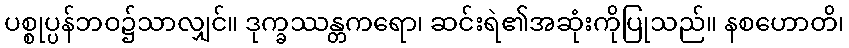
ပစ္စုပ္ပန်ဘဝ၌သာလျှင်။ ဒုက္ခဿန္တကရော၊ ဆင်းရဲ၏အဆုံးကိုပြုသည်။ နစဟောတိ၊